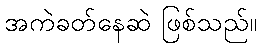
အကဲခတ်နေဆဲ ဖြစ်သည်။